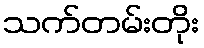
သက်တမ်းတိုး